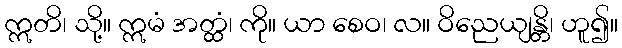
ဣတိ၊ သို့။ ဣမံ အတ္ထံ၊ ကို။ ယာ စေဝ၊ လ။ ဝိညေယျန္တိ၊ ဟူ၍။